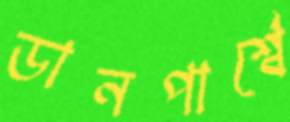
ডানপার্শ্বে